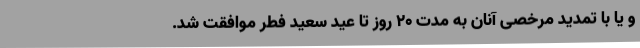
و یا با تمدید مرخصی آنان به مدت ۲۰ روز تا عید سعید فطر موافقت شد.